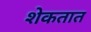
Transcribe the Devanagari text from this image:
शेकतात